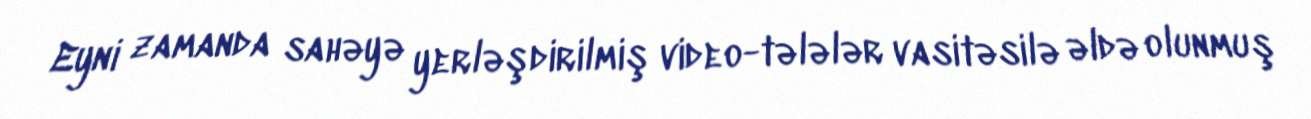
Eyni zamanda sahəyə yerləşdirilmiş video-tələlər vasitəsilə əldə olunmuş